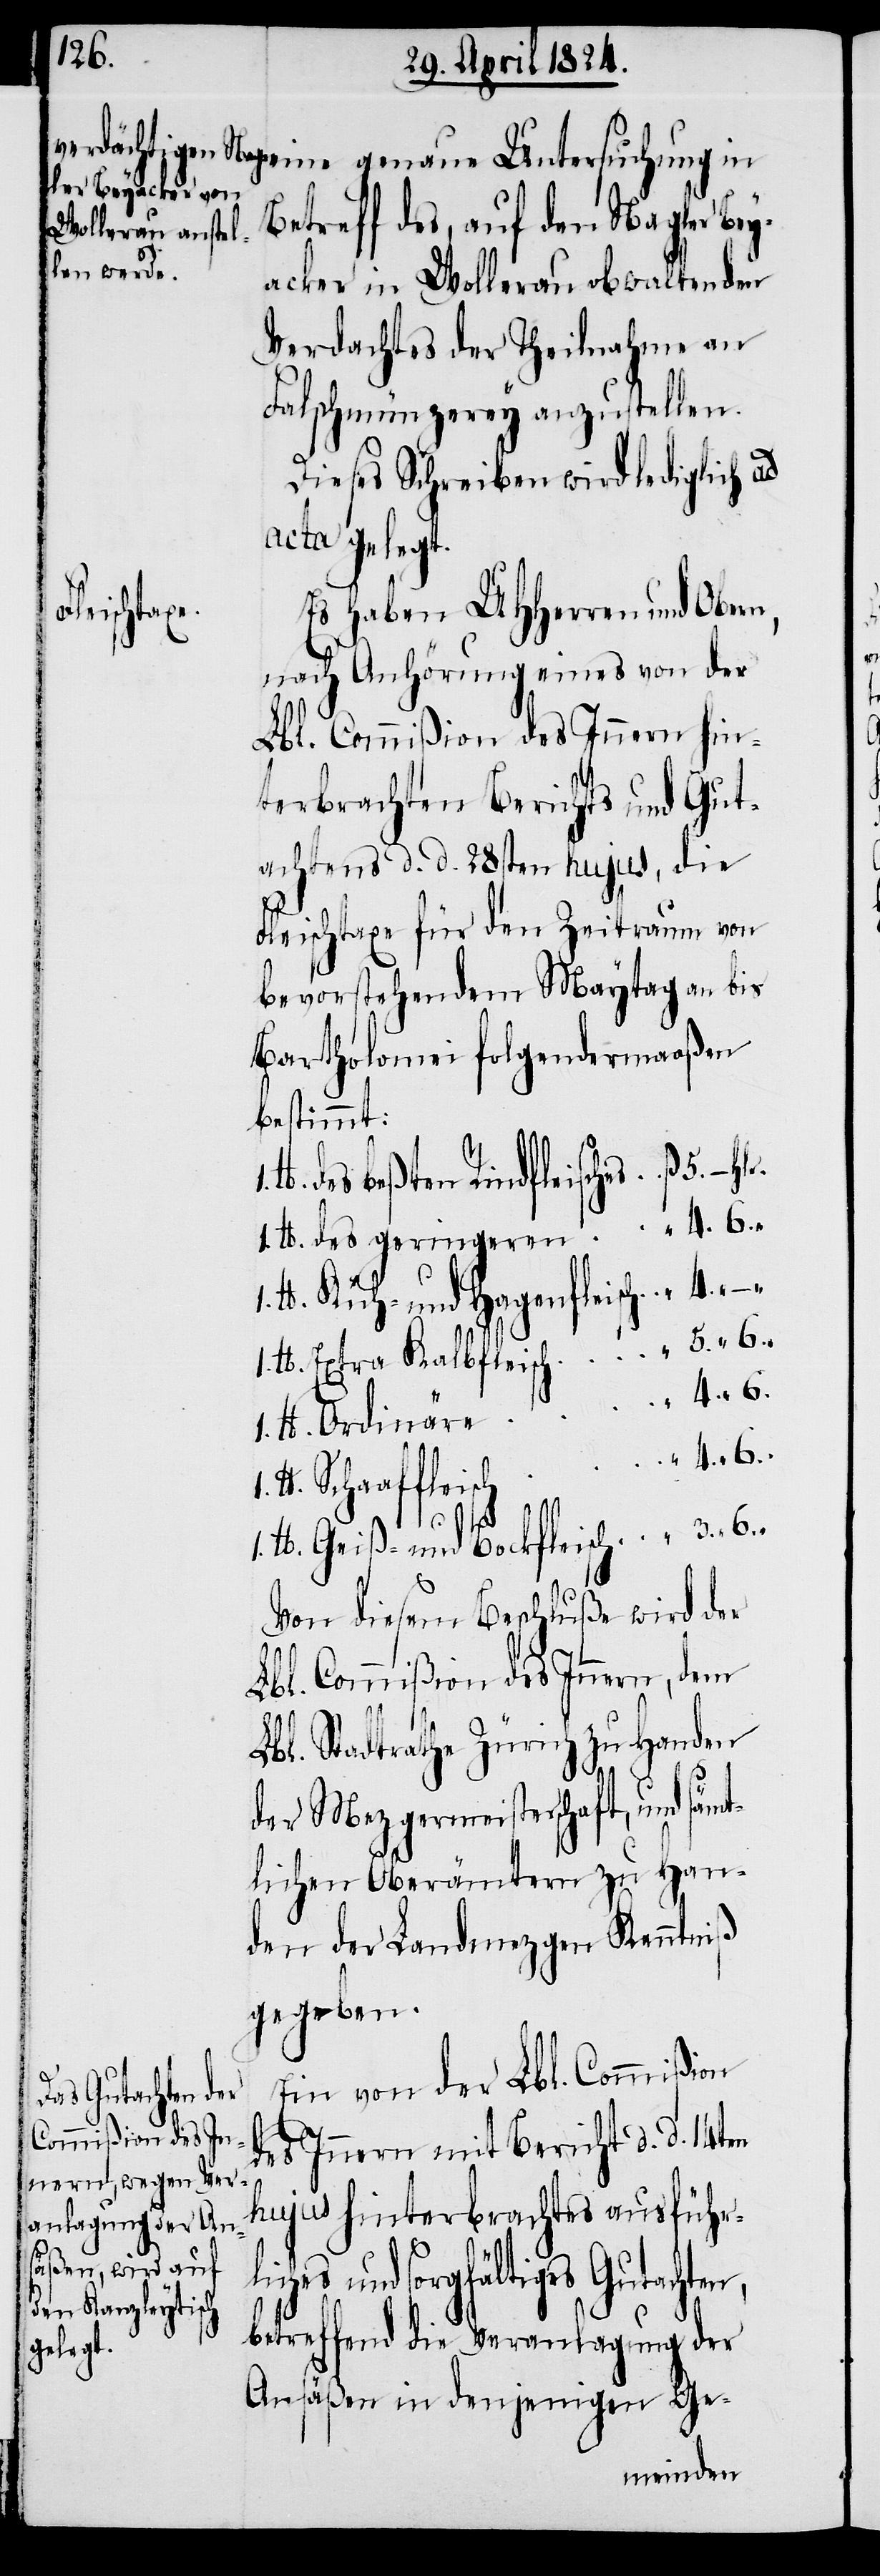
Betreff des, auf den Nagler Bey¬
acker in Wollerau obwaltenden
Verdachtes der Theilnahme an
Falschmünzerey anzustellen.
Dieses Schreiben wird lediglich ad
acta gelegt.
liches
Es haben UHHerren und Obern,
nach Anhörung eines von der
Lbl. Commißion des Innern hin¬
terbrachten Berichts und Gut¬
achtens d. d. 28sten hujus, die
Fleischtaxe für den Zeitraum von
bevorstehendem Maytag an bis
Bartholomei folgendermaaßen
bestimmt:
lb. des beßten Rindfleisches	ß. 5. –.
1. lb. des geringern			“ 4. 6.
lb. Küh- und Hagenfleisch		“
1. lb. Extra Kalbfleisch		“ 5. 6.
4. 6.
n,
1. lb. Geiß- und Bockfleisch		“ 3. 6.
Von diesem Beschluße wird der
Lbl. Commißion des Innern, dem
Lbl. Stadtrathe Zürich zu Handen
der Mezgermeisterschaft, und sämt¬
lichen Oberämtern zu Han¬
den der Landmezgen Kenntniß
gegeben.
Ein von der Lbl. Commißion
des Innern mit Bericht d. d. 14ten
hujus hinterbrachtes ausführ¬
und sorgfältiges Gutachte¬
betreffend die Veranlagung der
Ansäßen in denjenigen Ge-